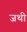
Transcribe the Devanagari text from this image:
जथी